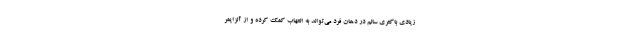
زیادی باکتری سالم در دهان فرد می‌تواند به التهاب کمک کرده و از آلزایمر